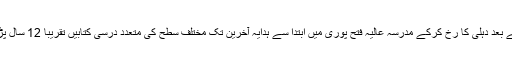
اس کے بعد دہلی کا رخ کرکے مدرسہ عالیہ فتح پوری میں ابتدا سے ہدایہ آخرین تک مختلف سطح کی متعدد درسی کتابیں تقریباً 12 سال پڑھائیں۔